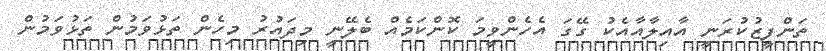
ތަންފީޒުކުރަނީ އާއިލާއާއެކު ގޭގަ އެހެންވީމަ ކޮންކަމެއް ބެލޭނީ މިދައުރު މިހެން ތަޅުވަމުން ތަޅުވަމުން